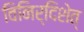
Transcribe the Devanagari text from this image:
विनिर्दिशेत्